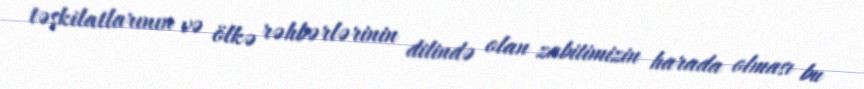
təşkilatlarının və ölkə rəhbərlərinin dilində olan zabitimizin harada olması bu